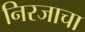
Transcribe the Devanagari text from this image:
निरजाचा